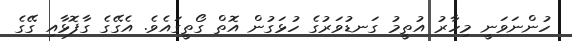
ހުންނަވަނީ މިހާރު އުތީމު ގަނޑުވަރުގެ ހުޅަގުން އޮތް ގޯތީގައެވެ. އެގޭގެ ގާފޮޅާއި ގޭގެ